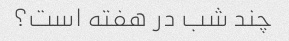
چند شب در هفته است؟